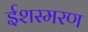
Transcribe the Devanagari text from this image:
ईशस्मरण